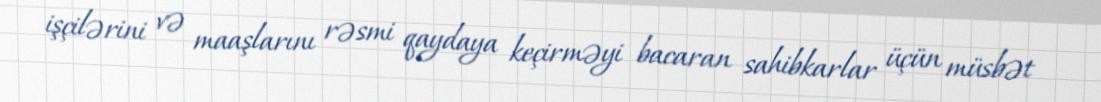
işçilərini və maaşlarını rəsmi qaydaya keçirməyi bacaran sahibkarlar üçün müsbət